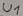
Text: U1